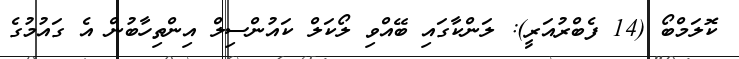
ކޮލަމްބޯ (14 ފެބްރުއަރީ): ލަންކާގައި ބޭއްވި ލޯކަލް ކައުންސިލް އިންތިހާބުން އެ ގައުމުގެ